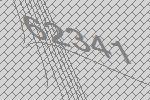
62341